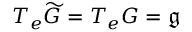
T _ { e } { \widetilde { G } } = T _ { e } G = { \mathfrak { g } }